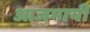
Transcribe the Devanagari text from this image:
आजमायी